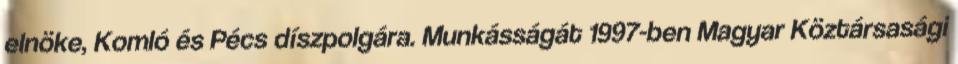
elnöke, Komló és Pécs díszpolgára. Munkásságát 1997-ben Magyar Köztársasági